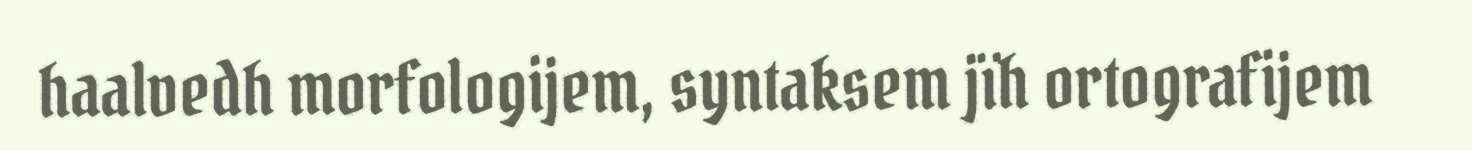
haalvedh morfologijem, syntaksem jïh ortografijem